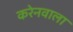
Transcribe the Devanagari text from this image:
करेनवाला